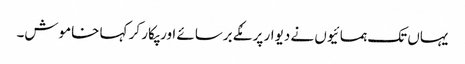
یہاں تک ہمسائیوں نے دیوار پر مُکے برسائے اور پکار کر کہا خاموش۔